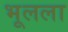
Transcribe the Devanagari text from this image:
भूलला